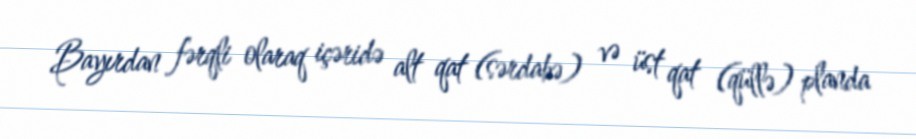
Bayırdan fərqli olaraq içəridə alt qat (sərdabə) və üst qat (qüllə) planda